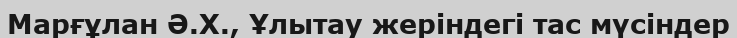
Марғұлан Ә.Х., Ұлытау жеріндегі тас мүсіндер